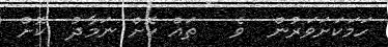
ހަމަކަށަވަރުން  ވެ   ތައް ކޮށް ނަމާދު  ކޮށް